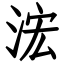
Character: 浤